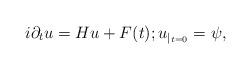
LaTeX: \begin{align*}i\partial_tu=Hu+F(t);u_{|_{t=0}}=\psi,\end{align*}